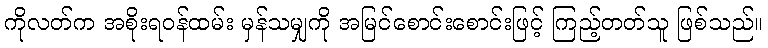
ကိုလတ်က အစိုးရဝန်ထမ်း မှန်သမျှကို အမြင်စောင်းစောင်းဖြင့် ကြည့်တတ်သူ ဖြစ်သည်။